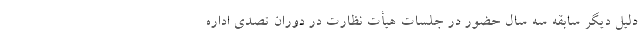
دلیل دیگر سابقه سه سال حضور در جلسات هیأت نظارت در دوران تصدی اداره